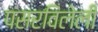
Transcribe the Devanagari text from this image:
पसरविलेली